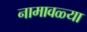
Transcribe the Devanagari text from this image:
नामावळ्या